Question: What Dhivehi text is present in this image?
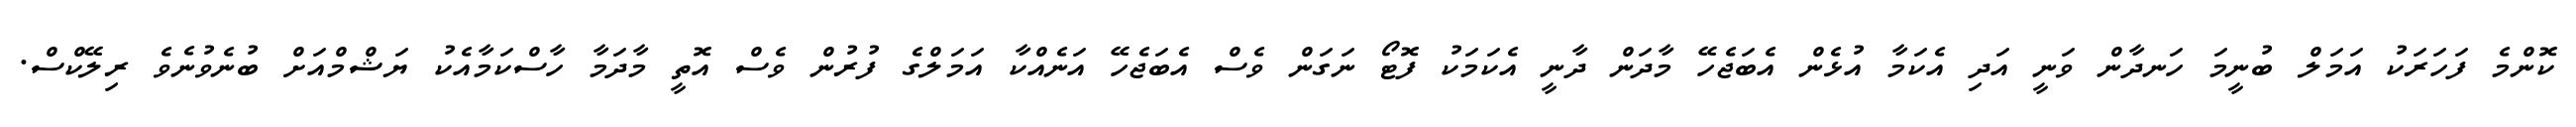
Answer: ކޮންމެ ފަހަރަކު އަމަލް ބުނީމަ ހަނދާން ވަނީ އަދި އެކަމާ އުޅެން އެބަޖެހޭ މާދަން ދާނީ އެކަމަކު ފޮޓޯ ނަގަން ވެސް އެބަޖެހޭ އަނެއްކާ އަމަލްގެ ފުރުން ވެސް އޮތީ މާދަމާ ހާސްކަމާއެކު ޔަޝްމްއަށް ބުނެވުނެވެ ރިލޭކްސް.